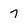
Character: 7